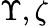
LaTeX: \Upsilon,\zeta